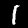
Digit: 1